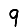
Digit: 9